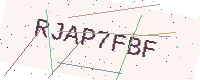
Text: RJAP7FBF